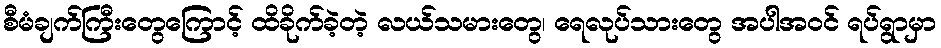
စီမံချက်ကြီးတွေကြောင့် ထိခိုက်ခဲ့တဲ့ လယ်သမားတွေ၊ ရေလုပ်သားတွေ အပါအဝင် ရပ်ရွာမှာ